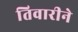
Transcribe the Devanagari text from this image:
तिवारीने